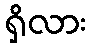
ရှိလား